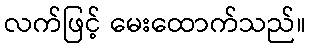
လက်ဖြင့် မေးထောက်သည်။